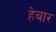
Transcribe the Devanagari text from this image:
हेबार